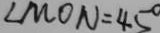
\angle M O N = 4 5 ^ { \circ }